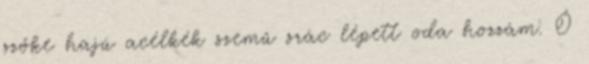
szőke hajú acélkék szemű srác lépett oda hozzám. Ő